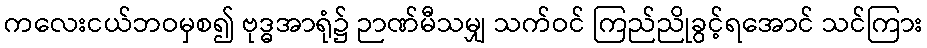
ကလေးငယ်ဘဝမှစ၍ ဗုဒ္ဓအာရုံ၌ ဉာဏ်မီသမျှ သက်ဝင် ကြည်ညိုခွင့်ရအောင် သင်ကြား